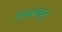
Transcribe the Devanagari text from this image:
सजावलपुर